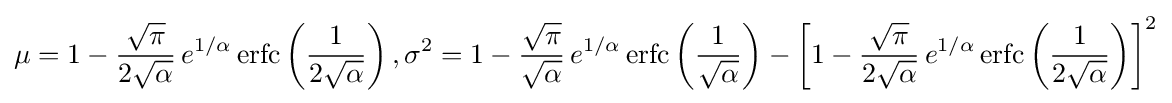
\mu =1-{\frac {\sqrt {\pi }}{2{\sqrt {\alpha }}}}\,e^{1/\alpha }\,\mathrm {erfc} \left({\frac {1}{2{\sqrt {\alpha }}}}\right),\sigma ^{2}=1-{\frac {\sqrt {\pi }}{\sqrt {\alpha }}}\,e^{1/\alpha }\,\mathrm {erfc} \left({\frac {1}{\sqrt {\alpha }}}\right)-\left[1-{\frac {\sqrt {\pi }}{2{\sqrt {\alpha }}}}\,e^{1/\alpha }\,\mathrm {erfc} \left({\frac {1}{2{\sqrt {\alpha }}}}\right)\right]^{2}